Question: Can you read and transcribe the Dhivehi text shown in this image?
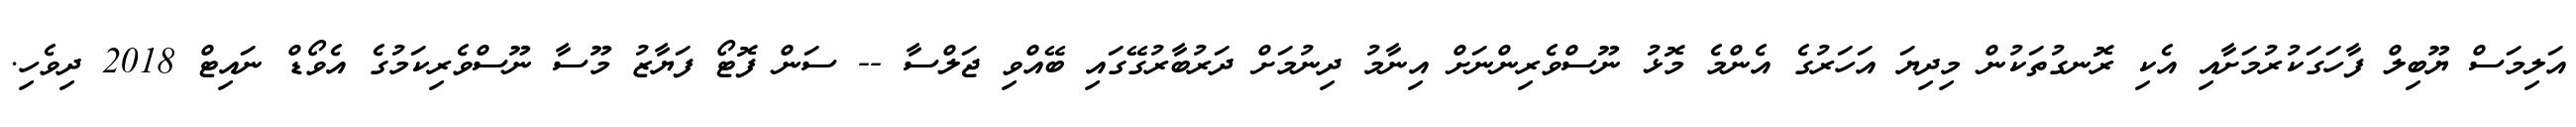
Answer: އަލިމަސް ޔޫބިލް ފާހަގަކުރުމަށާއި އެކި ރޮނގުތަކުން މިދިޔަ އަހަރުގެ އެންމެ މޮޅު ނޫސްވެރިންނަށް އިނާމު ދިނުމަށް ދަރުބާރުގޭގައި ބޭއްވި ޖަލްސާ -- ސަން ފޮޓޯ ފަޔާޒު މޫސާ ނޫސްވެރިކަމުގެ އެވޯޑް ނައިޓް 2018 ދިވެހި.